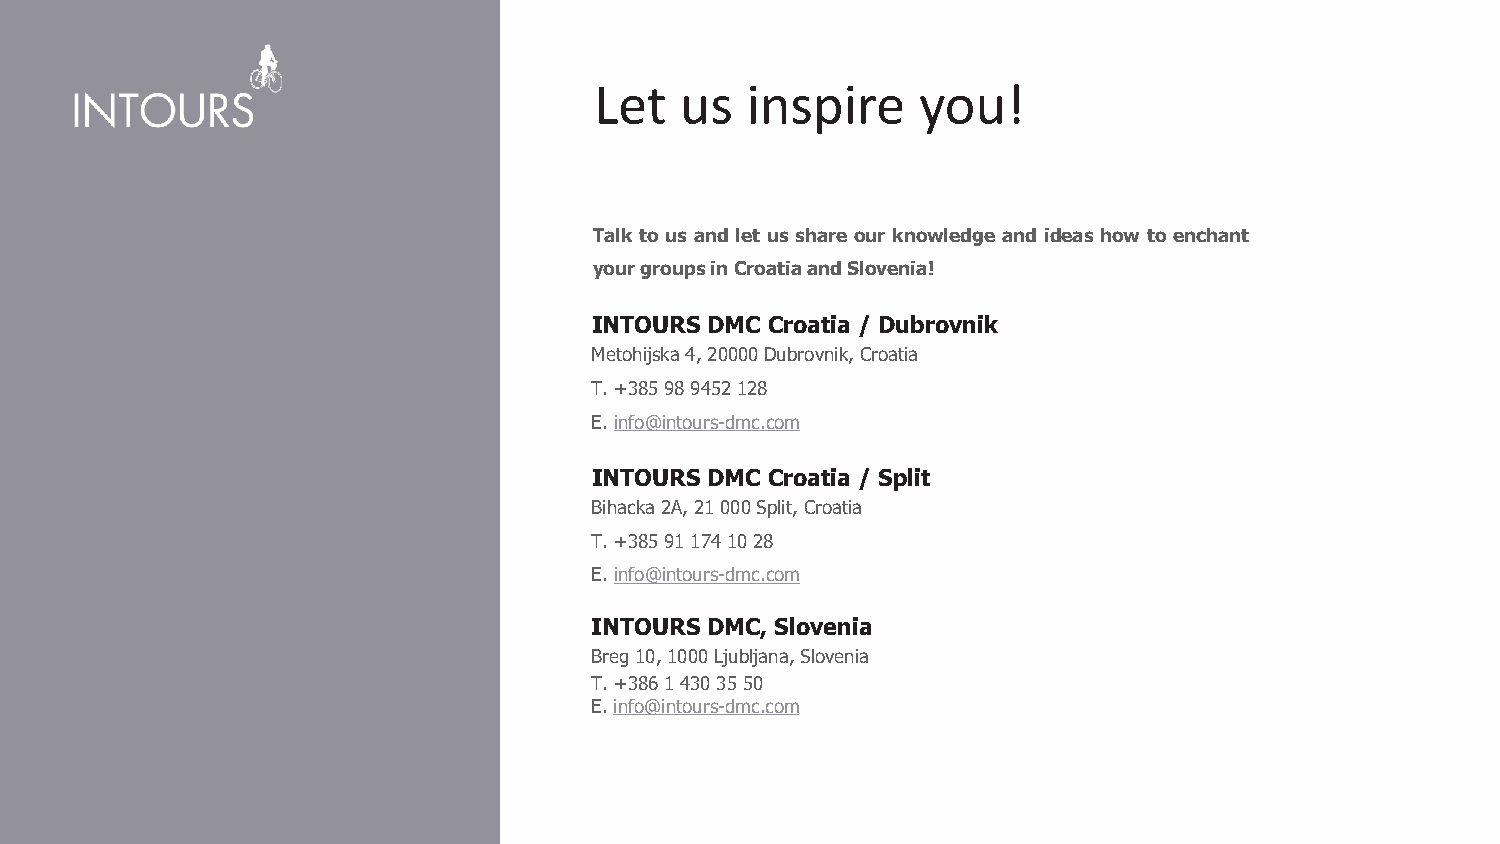
Let   us  inspire     you!
 Talk to us and let us share our knowledge and ideas how to enchant
 yourgroupsinCroatiaandSlovenia!
 INTOURS DMC Croatia / Dubrovnik
 Metohijska4,20000Dubrovnik,Croatia
 T.+385989452128
 E.info@intours-dmc.com
 INTOURS DMC Croatia / Split
 Bihacka2A,21000Split,Croatia
 T.+385911741028
 E.info@intours-dmc.com
 INTOURS DMC, Slovenia
 Breg10,1000Ljubljana,Slovenia
 T.+38614303550
 E.info@intours-dmc.com